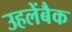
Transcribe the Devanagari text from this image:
उहलेंबैक